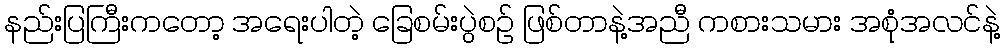
နည်းပြကြီးကတော့ အရေးပါတဲ့ ခြေစမ်းပွဲစဉ် ဖြစ်တာနဲ့အညီ ကစားသမား အစုံအလင်နဲ့